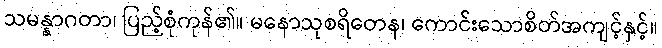
သမန္နာဂတာ၊ ပြည့်စုံကုန်၏။ မနောသုစရိတေန၊ ကောင်းသောစိတ်အကျင့်နှင့်။